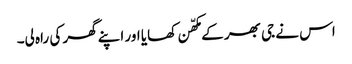
اس نے جی بھر کے مکھّن کھایا اور اپنے گھر کی راہ لی۔